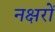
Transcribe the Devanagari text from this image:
नक्षरों